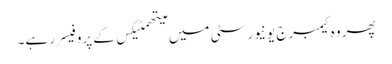
پھر وہ کیمبرج یونیورسٹی میں میتھمٹیکس کے پروفیسر رہے۔